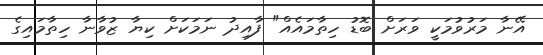
އޭނާ މަރުވުމަކީ ވަރަށް ބޮޑު ހިތާމައެއް" ފާއިދު ނަމަކަށް ކިޔާ ޒުވާނާ ހިތާމައިގެ